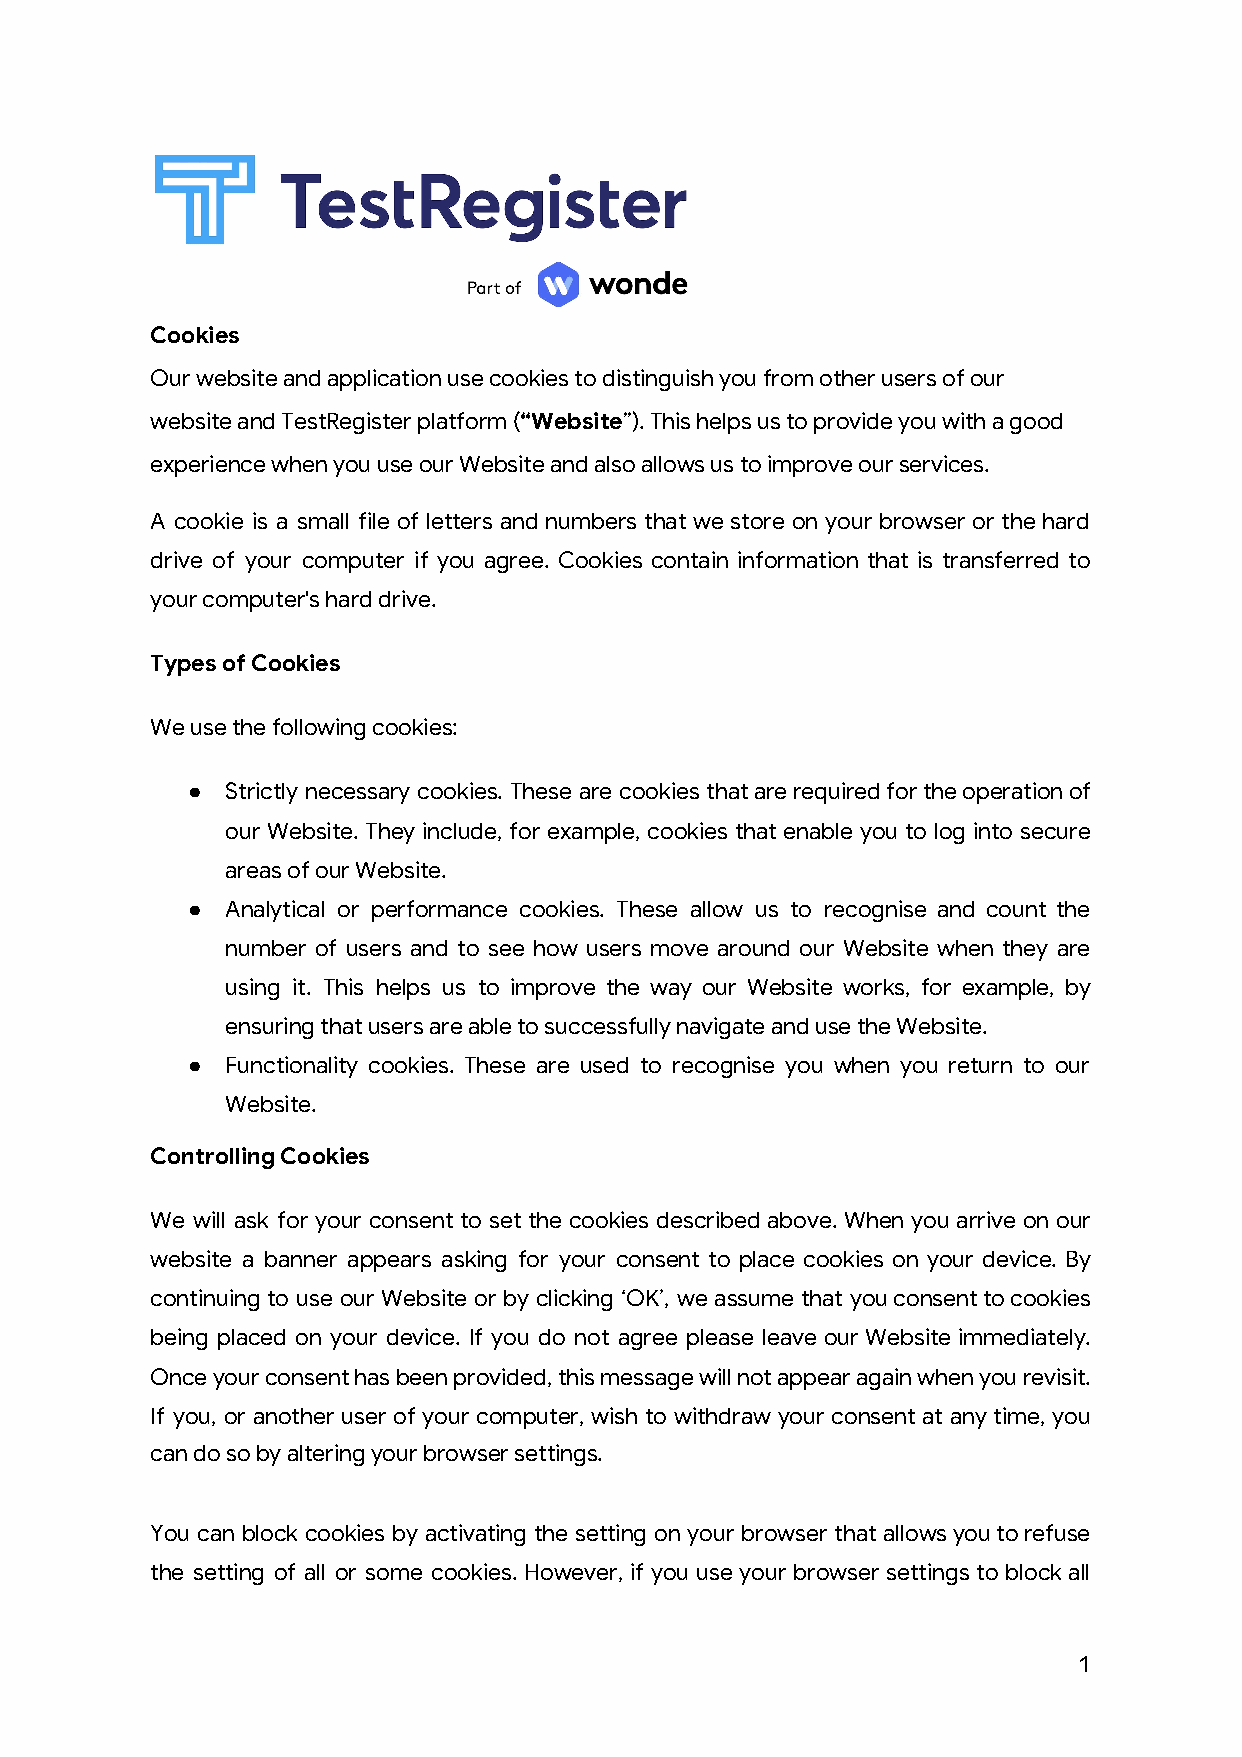
Cookies
 Our website and application use cookies to distinguish you from other users of our
 website and TestRegister platform (“​ Website​”). This helps us to provide you with a good
 experience when you use our Website and also allows us to improve our services.
 A cookie is a small file of letters and numbers that we store on your browser or the hard
 drive of your computer if you agree. Cookies contain information that is transferred to
 your computer's hard drive.
 Types of Cookies
 We use the following cookies:
 ●  Strictly necessary cookies. These are cookies that are required for the operation of
 our Website. They include, for example, cookies that enable you to log into secure
 areas of our Website.
 ●  Analytical or performance cookies. These allow us to recognise and count the
 number of users and to see how users move around our Website when they are
 using it. This helps us to improve the way our Website works, for example, by
 ensuring that users are able to successfully navigate and use the Website.
 ●  Functionality cookies. These are used to recognise you when you return to our
 Website.
 Controlling Cookies
 We will ask for your consent to set the cookies described above. When you arrive on our
 website a banner appears asking for your consent to place cookies on your device. By
 continuing to use our Website or by clicking ‘OK’, we assume that you consent to cookies
 being placed on your device. If you do not agree please leave our Website immediately.
 Once your consent has been provided, this message will not appear again when you revisit.
 If you, or another user of your computer, wish to withdraw your consent at any time, you
 can do so by altering your browser settings.
 You can block cookies by activating the setting on your browser that allows you to refuse
 the setting of all or some cookies. However, if you use your browser settings to block all
 1